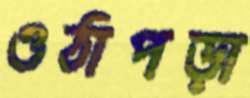
ওঠাপড়া